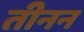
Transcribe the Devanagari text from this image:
तीनन